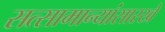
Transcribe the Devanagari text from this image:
सत्सामान्यांसारखे